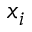
x _ { i }